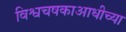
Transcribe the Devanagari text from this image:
विश्वचषकाआधीच्या